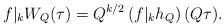
LaTeX: \begin{align*}f|_k W_Q(\tau) = Q^{k/2} \left(f|_kh_Q\right)(Q\tau).\end{align*}